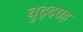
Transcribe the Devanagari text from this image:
चुद्दपह